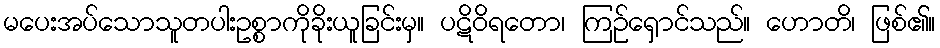
မပေးအပ်သောသူတပါးဥစ္စာကိုခိုးယူခြင်းမှ။ ပဋိဝိရတော၊ ကြဉ်ရှောင်သည်။ ဟောတိ၊ ဖြစ်၏။